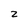
Character: 2